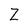
Character: Z